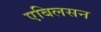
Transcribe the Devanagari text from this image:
एबिलसन